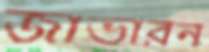
জাভারন